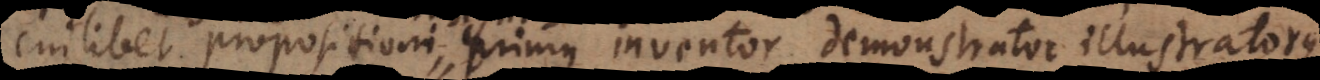
cuilibet propositioni primus inventor, demonstrator illustrator